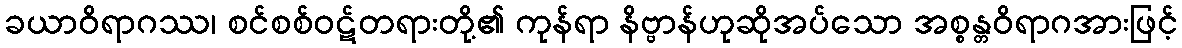
ခယာဝိရာဂဿ၊ စင်စစ်ဝဋ်တရားတို့၏ ကုန်ရာ နိဗ္ဗာန်ဟုဆိုအပ်သော အစ္စန္တဝိရာဂအားဖြင့်